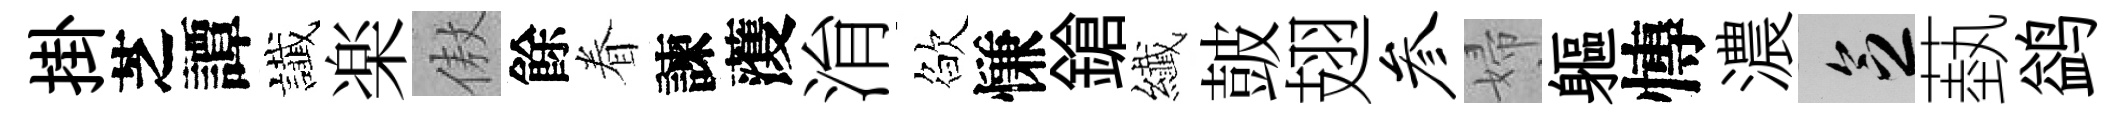
掛芝譚䜟楽傲餘眷諫𮑮㳙欲慊鎗纎皷翅参婦軀慱濃乏蓺鹢